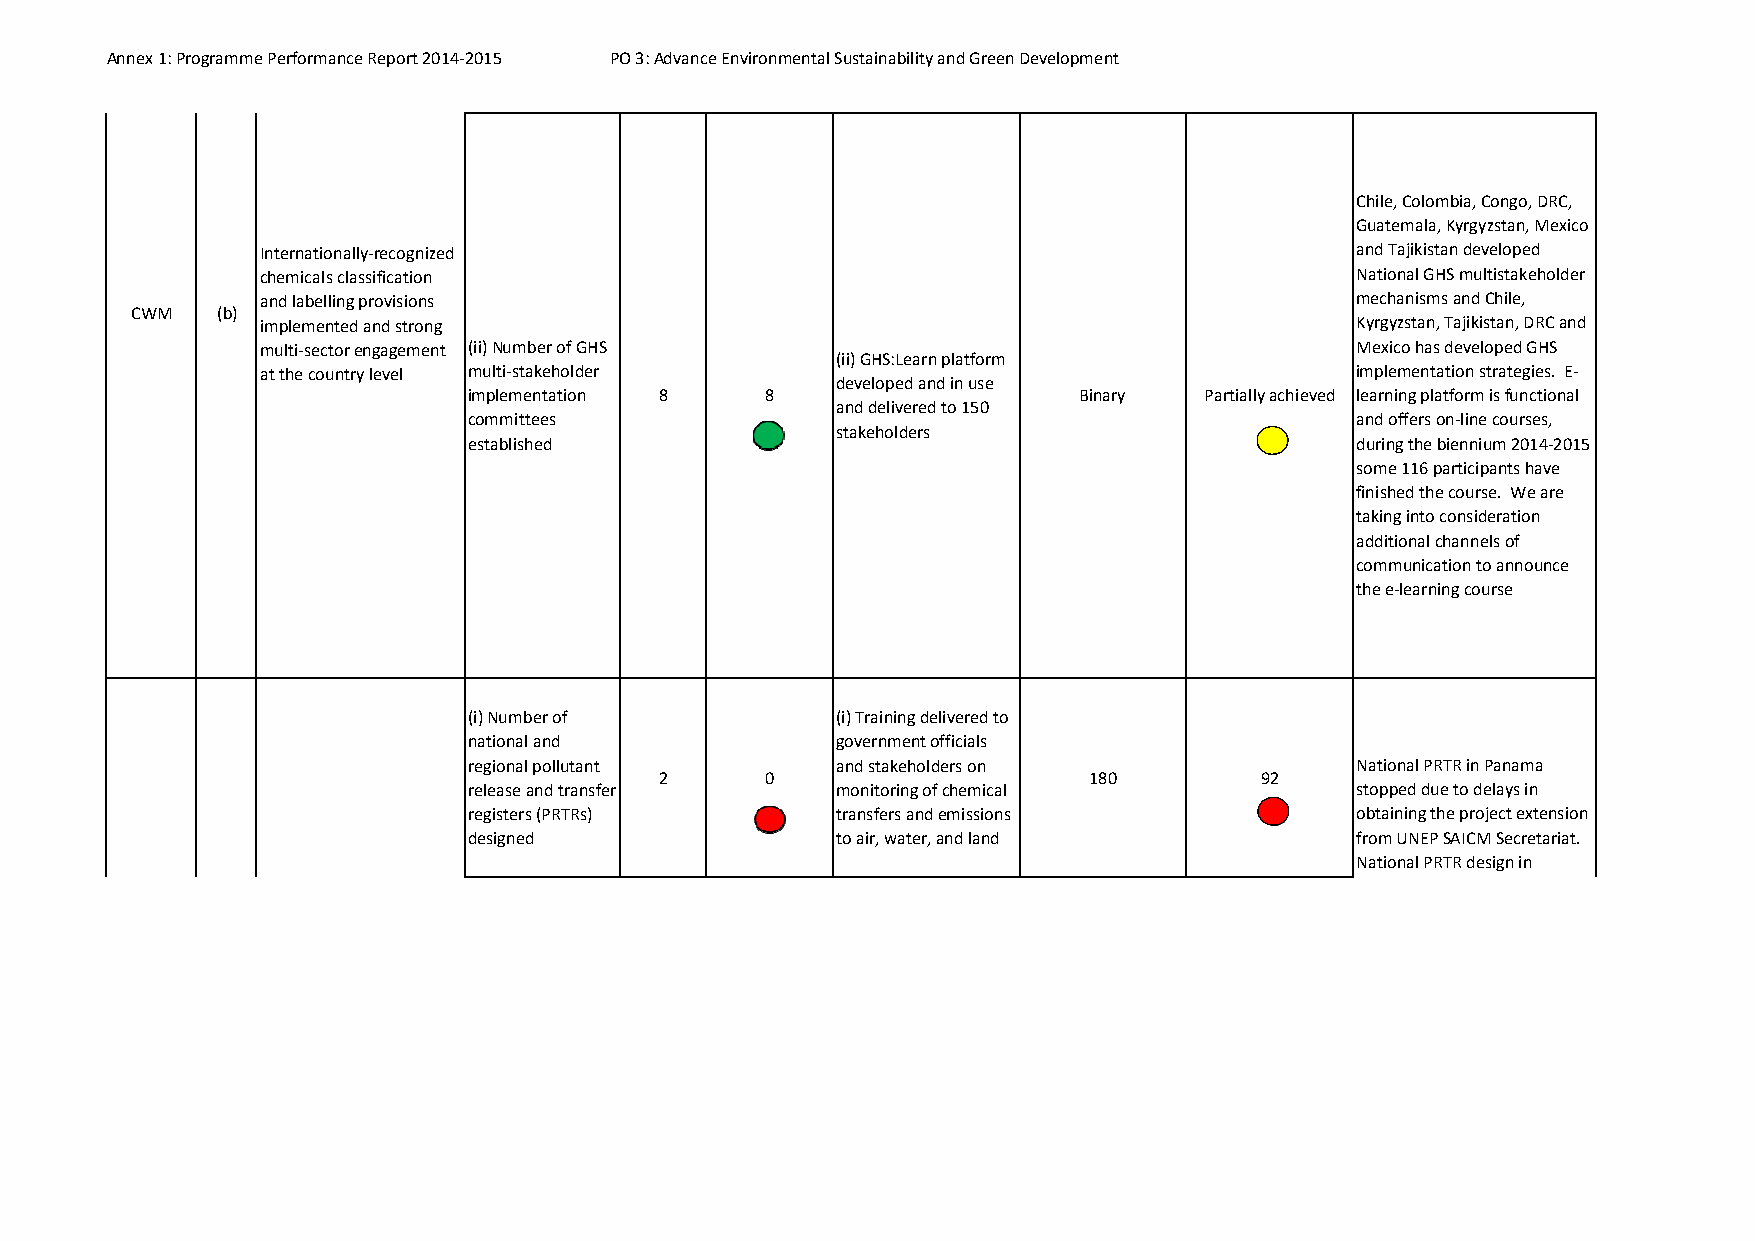
Annex 1: Programme Performance Report 2014‐2015 PO 3: Advance Environmental Sustainability and Green Development
 Chile, Colombia, Congo, DRC,
 Guatemala, Kyrgyzstan, Mexico
 Internationally‐recognized                                               and Tajikistan developed
 chemicals classification                                                 National GHS multistakeholder
 and labelling provisions                                                 mechanisms and Chile,
 CWM  (b)
 implemented and strong                                                   Kyrgyzstan, Tajikistan, DRC and
 multi‐sector engagement (ii) Number of GHS                               Mexico has developed GHS
 (ii) GHS:Learn platform
 at the country level multi‐stakeholder                                   implementation strategies. E‐
 developed and in use
 implementation 8    8                   Binary   Partially achieved learning platform is functional
 and delivered to 150
 committees                                                 and offers on‐line courses,
 stakeholders
 established                                                during the biennium 2014‐2015
 some 116 participants have
 finished the course. We are
 taking into consideration
 additional channels of
 communication to announce
 the e‐learning course
 (i) Number of           (i) Training delivered to
 national and            government officials
 regional pollutant      and stakeholders on                National PRTR in Panama
 2      0                    180        92
 release and transfer    monitoring of chemical             stopped due to delays in
 registers (PRTRs)       transfers and emissions            obtaining the project extension
 designed                to air, water, and land            from UNEP SAICM Secretariat.
 National PRTR design in